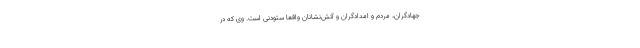
جهادگران، مردم و امدادگران و آتش‌نشانان واقعا ستودنی است. وی که در